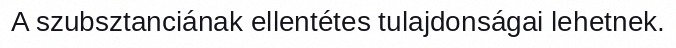
A szubsztanciának ellentétes tulajdonságai lehetnek.